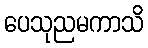
ပေသုညမကာသိ